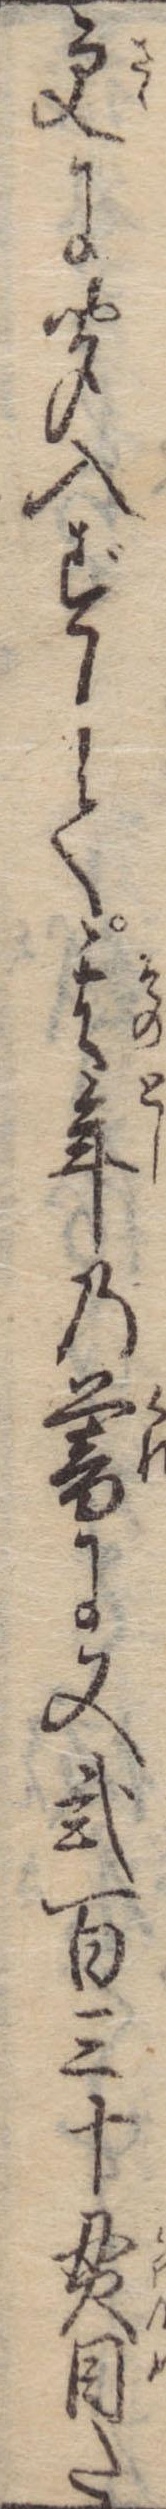
更に聞入ずして其年の暮に又弐百三十貫目た